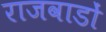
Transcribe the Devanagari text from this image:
राजवाडों